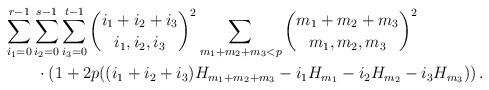
LaTeX: \begin{align*}&\sum_{i_1=0}^{r-1}\sum_{i_2=0}^{s-1}\sum_{i_3=0}^{t-1}\binom{i_1+i_2+i_3}{i_1,i_2,i_3}^2\sum_{m_1+m_2+m_3<p}\binom{m_1+m_2+m_3}{m_1,m_2,m_3}^2\\&\qquad\cdot\left(1+2p((i_1+i_2+i_3)H_{m_1+m_2+m_3}-i_1H_{m_1}-i_2H_{m_2}-i_3H_{m_3})\right).\end{align*}